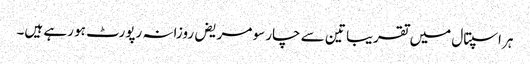
ہر اسپتال میں تقریبا تین سے چار سو مریض روزانہ رپورٹ ہو رہے ہیں۔